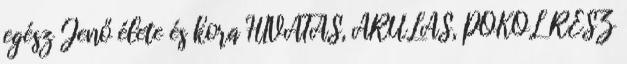
egész Jenő élete és kora HIVATÁS, ÁRULÁS, POKOL RÉSZ